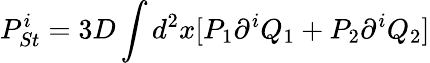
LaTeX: P_{St}^{i}=3D\int d^{2}x[P_{1}\partial^{i}Q_{1}+P_{2}\partial^{i}Q_{2}]